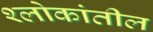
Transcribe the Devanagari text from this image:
श्लोकांतील